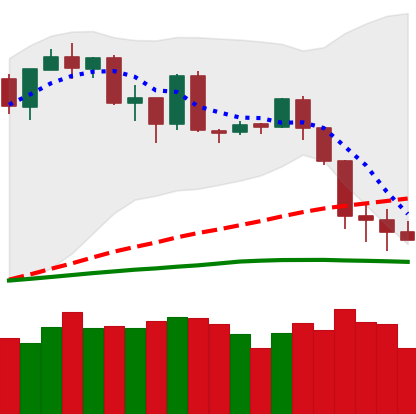
Ticker: BTC-USD
Chart end date: 2020-02-29
Forward return: 5.573%
Label: up_5_7